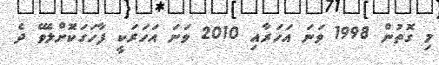
މި ގޮތުން 1998 ވަނަ އަހަރާއި 2010 ވަނަ އަހަރަކީ ފާހަގަކޮށްލެވޭ ދެ